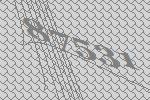
87531